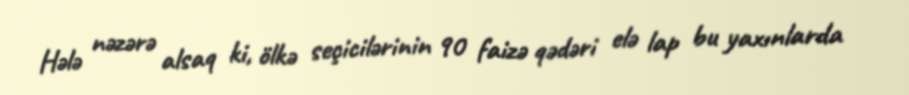
Hələ nəzərə alsaq ki, ölkə seçicilərinin 90 faizə qədəri elə lap bu yaxınlarda